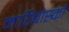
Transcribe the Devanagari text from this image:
मारिबोस्र्को